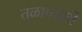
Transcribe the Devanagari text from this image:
तळागडाचे